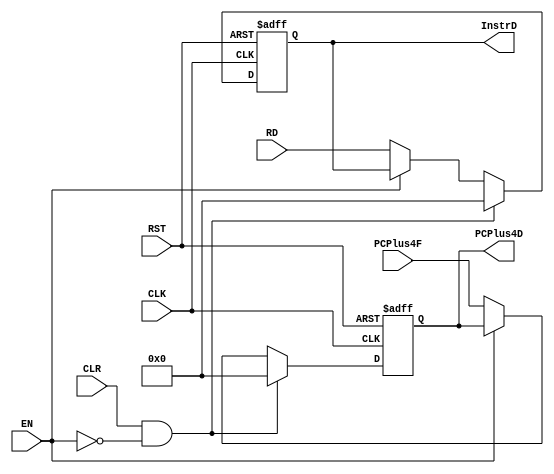
/*
Name:pipline_decode_fitch_Register
owner:Omar Salah
Description:It is used to stall the instructions by hazard control unit
input:CLK,RST,CLR(FROM HAZARD CONTROL),PCPLUS4F(from adder),RD(InstrF out put for fetch)
,EN (from control unit)
output:InstrD(output for the decode stage),PCPlus4D(out for the second adder)
--------For mapping------------
.CLK(),
.CLR(),
.RST(),
.PCPlus4F(),
.RD(),
.InstrD(),
.PCPlus4D()
*/
module  reg_decode  #(parameter INPUT_DATA  = 32  ,
                                OUTPUT_DATA = 32)  
(
  input   wire                     CLK,CLR,RST,EN,
  input   wire  [INPUT_DATA-1:0]   PCPlus4F,RD,//InstrF
  output  reg   [OUTPUT_DATA-1:0]  InstrD,PCPlus4D
);
always  @(posedge CLK or negedge RST)
begin 
  if(!RST)
     begin
        PCPlus4D <= 'd0;
        InstrD   <= 'd0;
     end
  else if ( CLR && !EN )
      begin
        PCPlus4D <= 'd0;
        InstrD   <= 'd0;
      end
  else if (!EN)
       begin
        PCPlus4D <= PCPlus4F;
        InstrD   <= RD;
       end    
end

endmodule